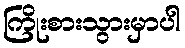
ကြိုးစားသွားမှာပါ